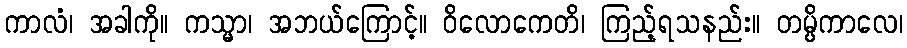
ကာလံ၊ အခါကို။ ကသ္မာ၊ အဘယ်ကြောင့်။ ဝိလောကေတိ၊ ကြည့်ရသနည်း။ တမ္ပိကာလေ၊